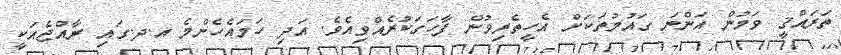
ތަރައްޤީ ވަމުން އަންނަ ގައުމުތަކަށް އެހީތެރިވުން ފާހަގަކުރެއްވިއެވެ. އަދި ހަމައެހެންމެ އ.ދ.ގައި ރާއްޖެއަކީ